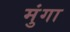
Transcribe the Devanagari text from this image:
मुंगा